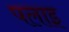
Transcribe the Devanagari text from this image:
पलाइ